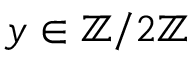
y \in \mathbb { Z } / 2 \mathbb { Z }